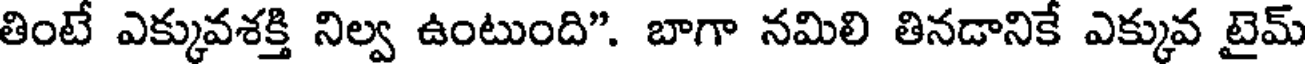
తింటే ఎక్కువశక్తి నిల్వ ఉంటుంది". బాగా నమిలి తినడానికే ఎక్కువ టైమ్